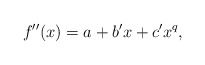
\begin{align*}f''(x) = a+b'x+c'x^q,\end{align*}